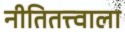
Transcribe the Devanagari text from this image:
नीतितत्त्वाला